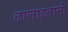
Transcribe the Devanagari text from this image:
ढालाइतानी